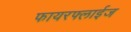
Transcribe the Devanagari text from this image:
फायरफ्लाईज